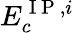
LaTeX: E_{c}^{\mathrm{~I~P~},i}